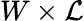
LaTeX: W\times\mathcal{L}